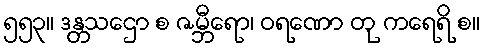
၅၅၃။ ဒန္တသဌော စ ဇမ္ဘီရော၊ ဝရဏော တု ကရေရိ စ။